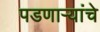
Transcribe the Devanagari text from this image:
पडणाऱ्यांचे